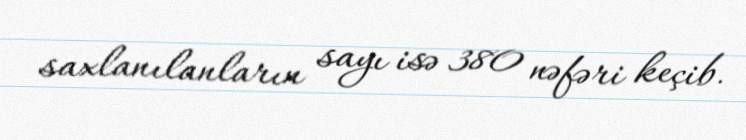
saxlanılanların sayı isə 380 nəfəri keçib.